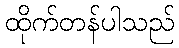
ထိုက်တန်ပါသည်